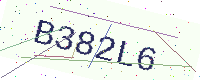
Text: B382L6